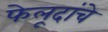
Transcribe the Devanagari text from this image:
फेलूदांचे